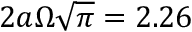
2 a \Omega \sqrt { \pi } = 2 . 2 6